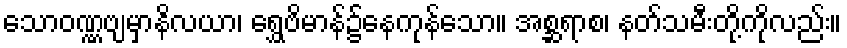
သောဝဏ္ဏဗျမှာနိလယာ၊ ရွှေဗိမာန်၌နေကုန်သော။ အစ္ဆရာစ၊ နတ်သမီးတို့ကိုလည်း။